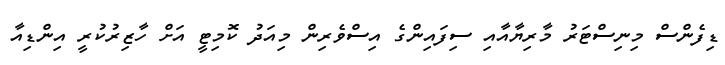
ޑިފެންސް މިނިސްޓަރު މާރިޔާއާއި ސިފައިންގެ އިސްވެރިން މިއަދު ކޮމިޓީ އަށް ހާޒިރުކުރީ އިންޑިއާ